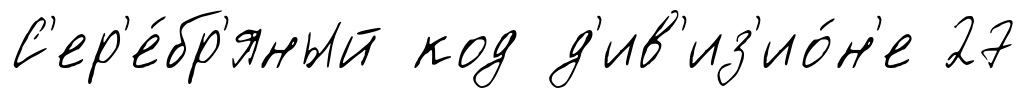
С'ер'е́бр'яный код д'ив'из'ио́н'е 27